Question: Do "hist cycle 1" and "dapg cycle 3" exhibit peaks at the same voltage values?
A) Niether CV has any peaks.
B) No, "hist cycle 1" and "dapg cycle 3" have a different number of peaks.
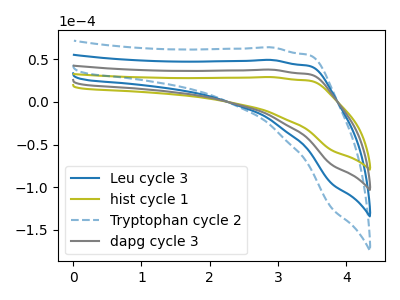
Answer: <think>The blue curve "Leu cycle 3" has no peaks. The olive curve "hist cycle 1" has no peaks. The blue dashed curve "Tryptophan cycle 2" has no peaks. The gray curve "dapg cycle 3" has no peaks.</think>
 <answer>A) Niether CV has any peaks.</answer>
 <eval>A</eval>